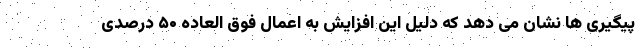
پیگیری ها نشان می دهد که دلیل این افزایش به اعمال فوق العاده ۵۰ درصدی